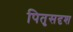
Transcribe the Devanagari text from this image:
पितृसदृश